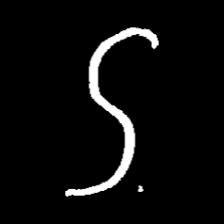
Pyu character \u2014 Myanmar letter: ဌ (romanized: ttha)